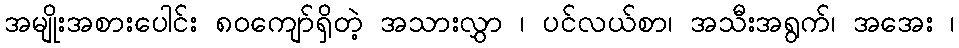
အမျိုးအစားပေါင်း ၈၀ကျော်ရှိတဲ့ အသားလွှာ ၊ ပင်လယ်စာ၊ အသီးအရွက်၊ အအေး ၊